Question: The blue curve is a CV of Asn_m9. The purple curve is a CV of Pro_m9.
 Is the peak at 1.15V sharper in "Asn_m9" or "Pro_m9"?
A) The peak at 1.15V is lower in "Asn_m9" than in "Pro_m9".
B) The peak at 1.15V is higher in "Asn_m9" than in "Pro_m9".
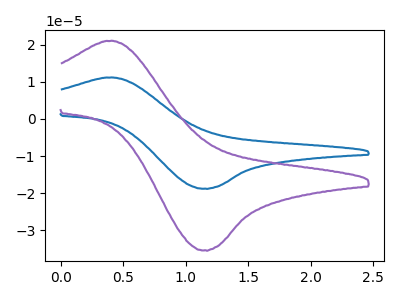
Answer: <think>The blue curve "Asn_m9" has an anodic peak at (0.35V, 11.15uA) and a cathodic peak at (1.15V, -18.75uA). The purple curve "Pro_m9" has an anodic peak at (0.35V, 21.00uA) and a cathodic peak at (1.15V, -35.30uA).</think>
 <answer>A) The peak at 1.15V is lower in "Asn_m9" than in "Pro_m9".</answer>
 <eval>A</eval>